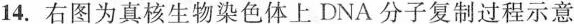
14.右图为真核生物染色体上DNA分子复制过程示意